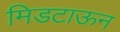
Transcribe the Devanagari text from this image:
मिडटाऊन